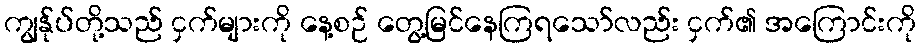
ကျွန်ုပ်တို့သည် ငှက်များကို နေ့စဉ် တွေ့မြင်နေကြရသော်လည်း ငှက်၏ အကြောင်းကို